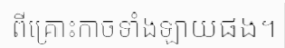
ពីគ្រោះកាចទាំងឡាយផង។